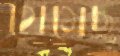
থেমেছ